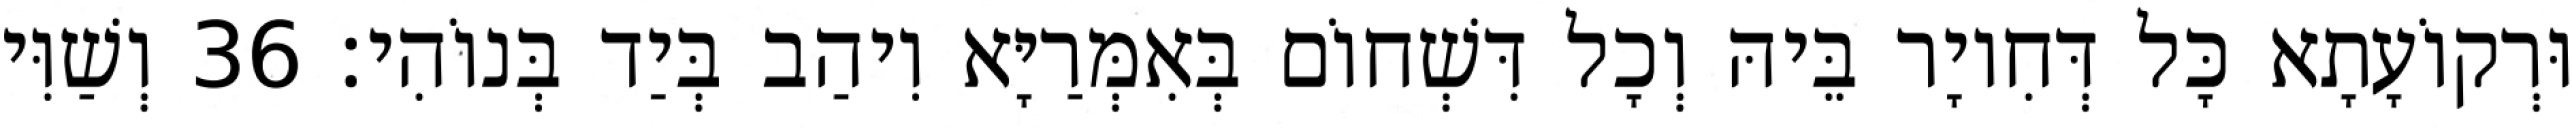
וּרְקוֹעָתָא כָּל דְּחִיוָר בֵּיהּ וְכָל דִּשְׁחוֹם בְּאִמְּרַיָּא וִיהַב בְּיַד בְּנוֹהִי׃ 36 וְשַׁוִּי